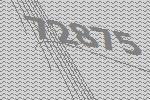
72875